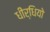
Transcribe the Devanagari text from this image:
धीर्धियो